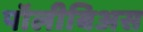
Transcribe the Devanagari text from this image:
पॉलीबिअस